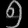
Digit: ၅